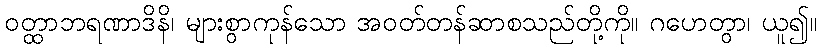
ဝတ္ထာဘရဏာဒိနိ၊ များစွာကုန်သော အဝတ်တန်ဆာစသည်တို့ကို။ ဂဟေတွာ၊ ယူ၍။